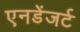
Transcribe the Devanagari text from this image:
एनडेंजर्ट